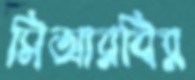
সিআরবির